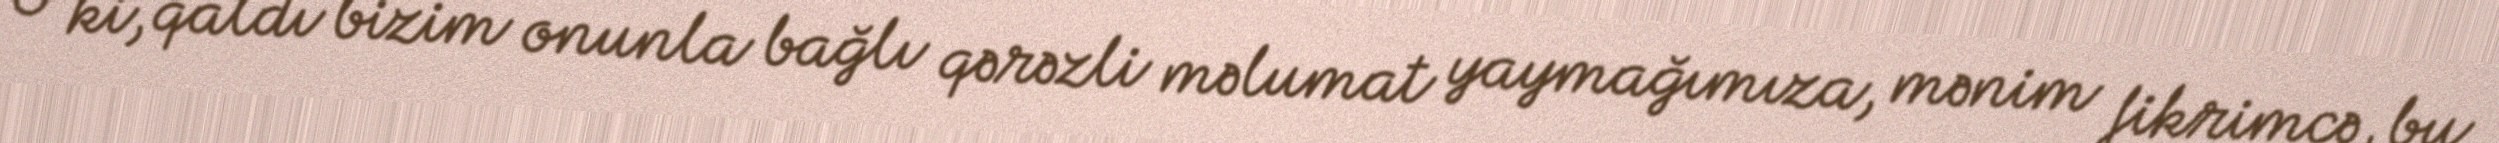
O ki, qaldı bizim onunla bağlı qərəzli məlumat yaymağımıza, mənim fikrimcə, bu